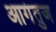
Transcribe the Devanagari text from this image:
आगंतुज